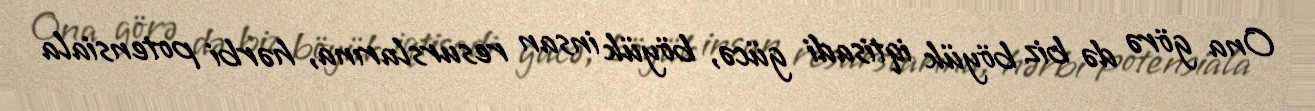
Ona görə də biz böyük iqtisadi gücə, böyük insan resurslarına, hərbi potensiala